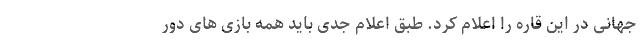
جهانی در این قاره را اعلام کرد. طبق اعلام جدی باید همه بازی های دور